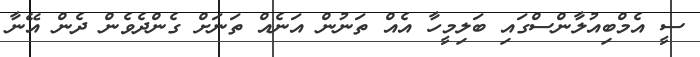
ސީ އެމްބިއުލާންސްގައި ބަލިމީހާ އެއް ތަނުން އަނެއް ތަނަށް ގެންދެވެން ދެން އޭނާ